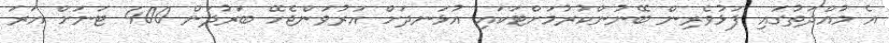
އެ މުއްދަތުގައި ފަޅުވެރިން ބޭނުންކުރުމަށްޓަކައި އުޅަނދަށް އަރުވަންޖެހޭ ބަރުދަން 400 ޓަނަށް އަރަ